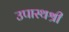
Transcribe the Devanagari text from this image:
उपास्थश्री